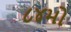
૮૪મો